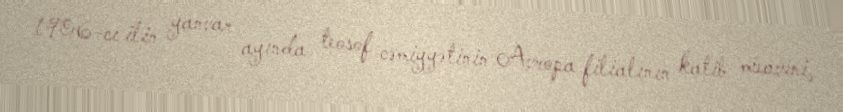
1906-cı ilin yanvar ayında teosof cəmiyyətinin Avropa filialının katib müavini,